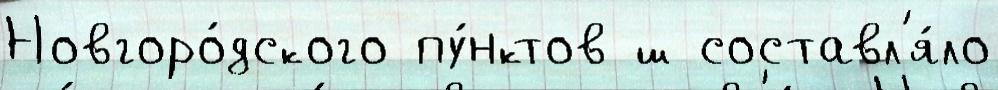
Новгоро́дского пу́нктов ш составл'я́ло